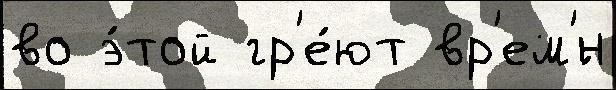
во э́той гр'е́ют вр'ем'́н